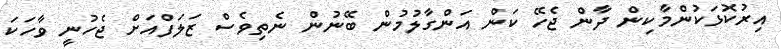
އިރުކޮޅަކުންމާކިން ދާން ޖެހޭ ކަން އަންގާލުމުން ބޭނުން ނެތިވެސް ޒަލަފްއަށް ޖެހުނީ ވާހަކަ